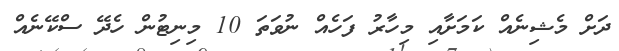
ދަށް މެޝިނެއް ކަމަށާއި މިހާރު ފަހެއް ނުވަތަ 10 މިނިޓުން ހެދޭ ސްކޭނެއް